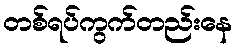
တစ်ရပ်ကွက်တည်းနေ